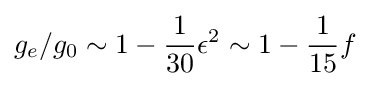
g_{e}/g_{0}\sim 1-{\frac {1}{30}}\epsilon ^{2}\sim 1-{\frac {1}{15}}f